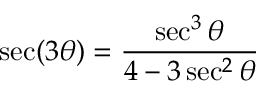
\sec ( 3 \theta ) = { \frac { \sec ^ { 3 } \theta } { 4 - 3 \sec ^ { 2 } \theta } }